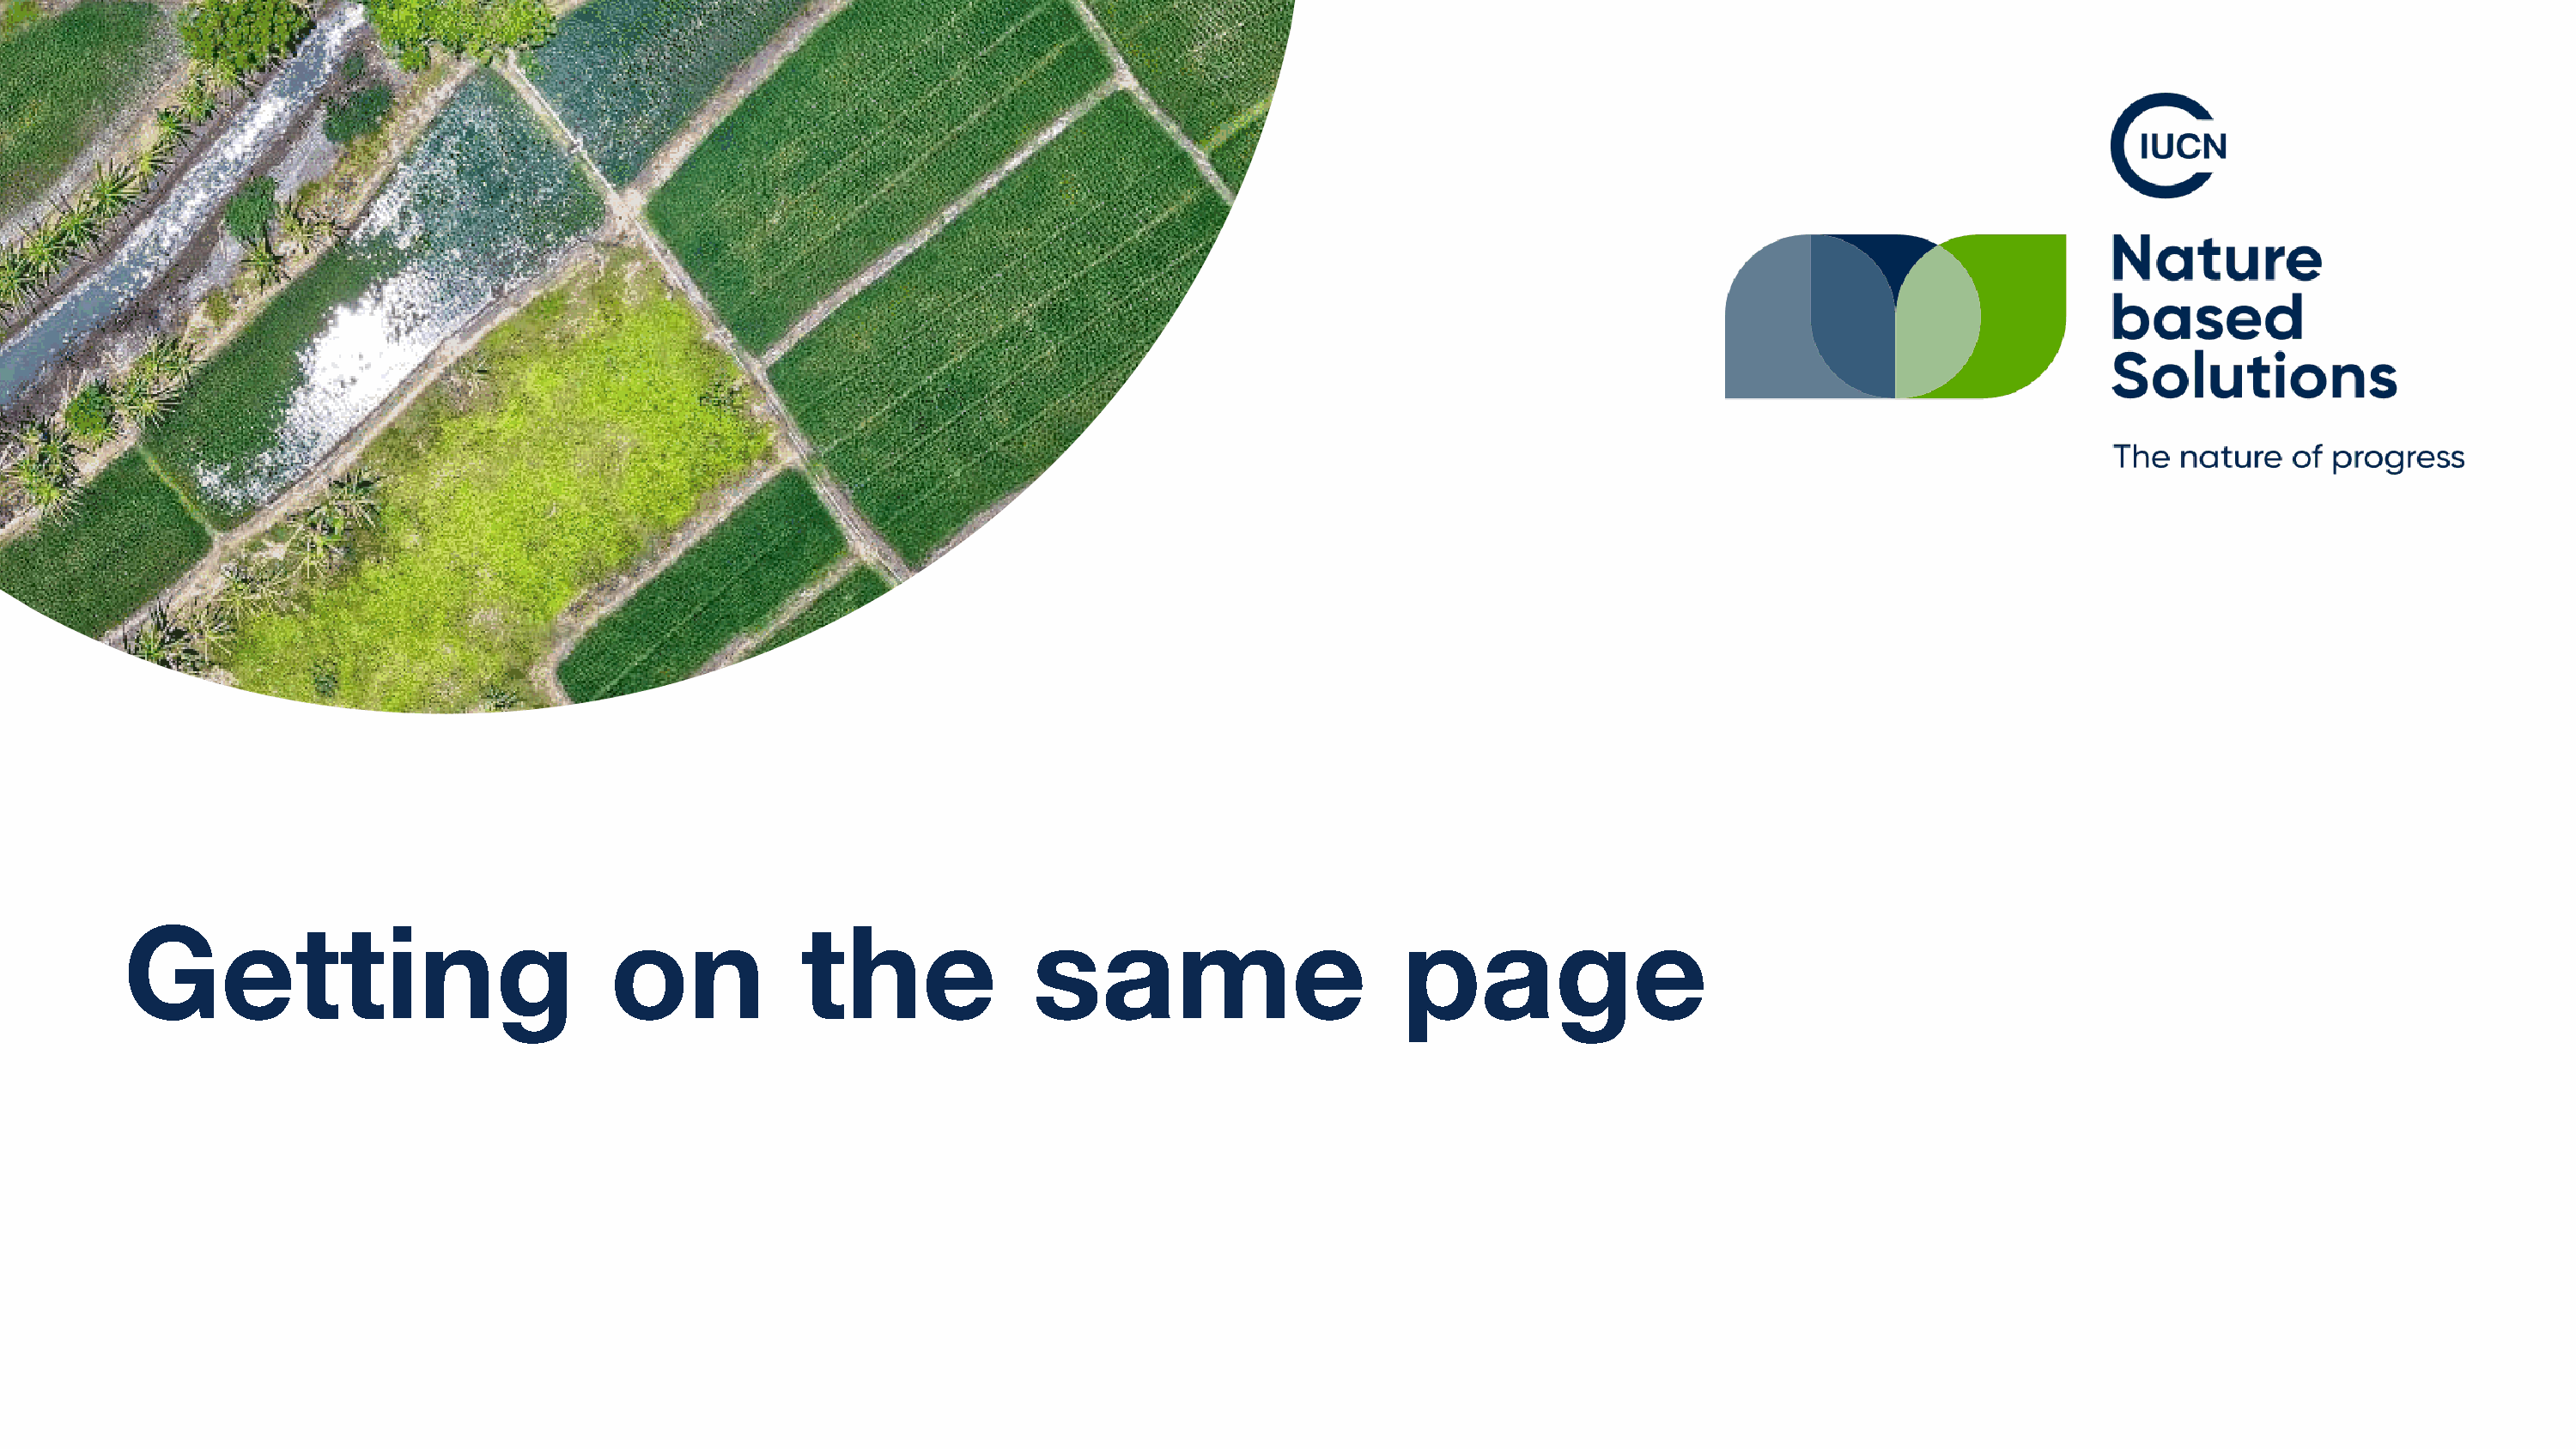
Getting                              on             the               same                        page